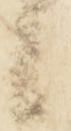
候